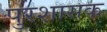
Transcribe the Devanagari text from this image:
पुरशासक